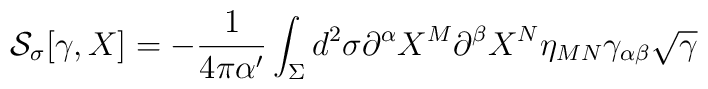
{\cal S}_\sigma[\gamma, X] =-\frac{1}{4\pi\alpha '}\int_\Sigma d^2\sigma \partial^\alpha X^M \partial^\beta X^N \eta_{MN} \gamma_{\alpha\beta}\sqrt{\gamma}